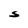
Character: S